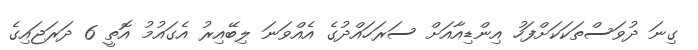
ގިނަ ދުވަސްތަކަކަށްފަހު އިންޑިއާއަށް ސަރަހައްދުގެ އެއްވަނަ ލިބޭއިރު އެގައުމު އޮތީ 6 ދަރަޖައިގެ